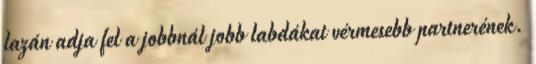
lazán adja fel a jobbnál jobb labdákat vérmesebb partnerének.